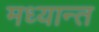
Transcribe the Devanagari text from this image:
मध्यान्त